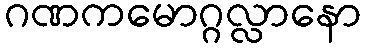
ဂဏကမောဂ္ဂလ္လာနော